Report on vaccination North-West Frontier Province 1904-1922 - 1904-1922
Year: 1904
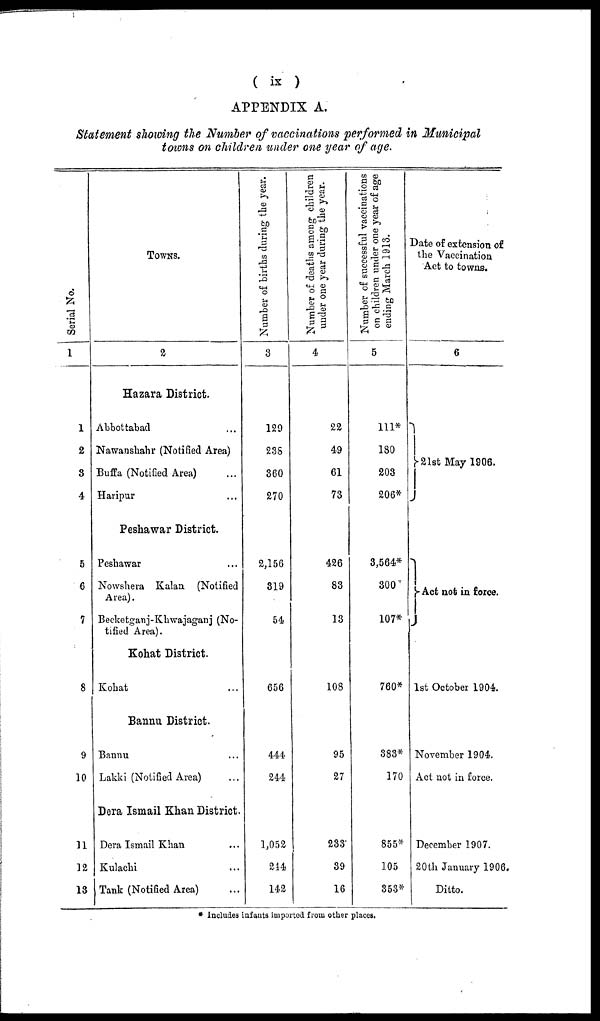
( ix )
APPENDIX A.
Statement showing the Number of vaccinations performed in Municipal
towns on children under one year of age.
Serial No.
1
1
2
3
4
5
6
7
8
9
10
11
12
13
TOWNS.
2
Hazara District.
Abbottabad ...
Nawanshahr (Notified Area)
Buffa (Notified Area) ...
Haripur ...
Peshawar District.
Peshawar ...
Nowshera Kalan (Notified
Area).
Becketganj-Khwajaganj (No-
tified Area).
Kohat District.
Kohat ...
Bannu District.
Bannu ...
Lakki (Notified Area) ...
Dera Ismail Khan District.
Dera Ismail Khan ...
Kulachi ...
Tank (Notified Area) ...
Number of births during the year.
3
129
2358
360
270
2,156
319
54
656
444
244
1,052
244
142
Number of deaths among children
under one year during the year.
4
22
49
61
73
426
83
13
108
95
27
233
39
16
Number of successful vaccinations
on children under one year of age
ending March 1913.
5
111*
180
203
206*
3,564*
300
107*
760*
383*
170
855*
105
353*
Date of extension of
the Vaccination
Act to towns.
6
21st May 1906.
Act not in force.
1st October 1904.
November 1904.
Act not in force.
December 1907.
20th January 1906.
Ditto.
* Includes infunts imported from other places.